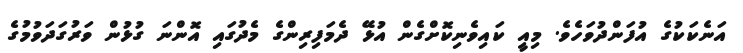
އަނެކަކުގެ އުފަންދުވަހެވެ. މިއީ ކައިވެނިކޮށްގެން އުޅޭ ދެމަފިރިންގެ މެދުގައި އޮންނަ ގުޅުން ވަރުގަދަވުމުގެ